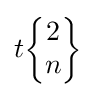
t{\begin{Bmatrix}2\\n\end{Bmatrix}}